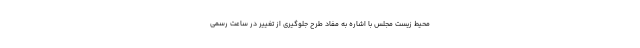
محیط زیست مجلس با اشاره به مفاد طرح جلوگیری از تغییر در ساعت رسمی